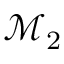
\mathcal { M } _ { 2 }